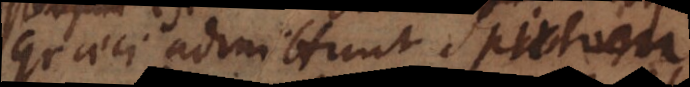
Graeci admittunt Spiritum